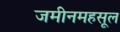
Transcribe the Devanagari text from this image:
जमीनमहसूल